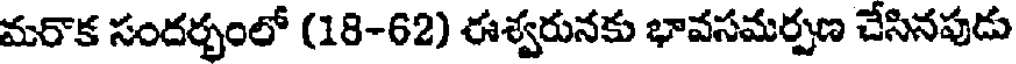
మరాక సందర్భంలో (18-62) ఈశ్వరునకు భావసమర్పణ చేసినపుడు